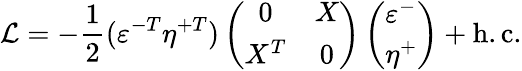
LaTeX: {\cal{L}}=-\frac{1}{2}(\varepsilon^{-T}\eta^{+T})\left(\begin{array}{cc}{{0}}&{{X}}\\ {{X^{T}}}&{{0}}\end{array}\right)\left(\begin{array}{l}{{\varepsilon^{-}}}\\ {{\eta^{+}}}\end{array}\right)+\mathrm{h.c.}